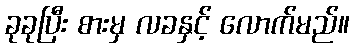
ခုခုပြီး စားမှ လခနှင့် လောက်မည်။